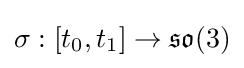
\sigma :[t_{0},t_{1}]\to {\mathfrak {so}}(3)